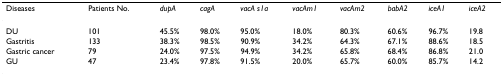
<table><thead><tr><td><b>Diseases</b></td><td><b>Patients No.</b></td><td><b><i>dupA</i></b></td><td><b><i>cagA</i></b></td><td><b><i>vacA s1a</i></b></td><td><b><i>vacAm1</i></b></td><td><b><i>vacAm2</i></b></td><td><b><i>babA2</i></b></td><td><b><i>iceA1</i></b></td><td><b><i>iceA2</i></b></td></tr></thead><tbody><tr><td>DU</td><td>101</td><td>45.5%</td><td>98.0%</td><td>95.0%</td><td>18.0%</td><td>80.3%</td><td>60.6%</td><td>96.7%</td><td>19.8</td></tr><tr><td>Gastritis</td><td>133</td><td>38.3%</td><td>98.5%</td><td>90.9%</td><td>34.2%</td><td>64.3%</td><td>67.1%</td><td>88.6%</td><td>18.5</td></tr><tr><td>Gastric cancer</td><td>79</td><td>24.0%</td><td>97.5%</td><td>94.9%</td><td>34.2%</td><td>65.8%</td><td>68.4%</td><td>86.8%</td><td>21.0</td></tr><tr><td>GU</td><td>47</td><td>23.4%</td><td>97.8%</td><td>91.5%</td><td>20.0%</td><td>65.7%</td><td>60.0%</td><td>85.7%</td><td>14.2</td></tr></tbody></table>